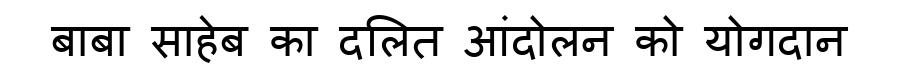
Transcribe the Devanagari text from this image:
बाबा साहेब का दलित आंदोलन को योगदान